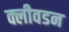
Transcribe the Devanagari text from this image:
क्लीवडन